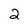
Character: 2